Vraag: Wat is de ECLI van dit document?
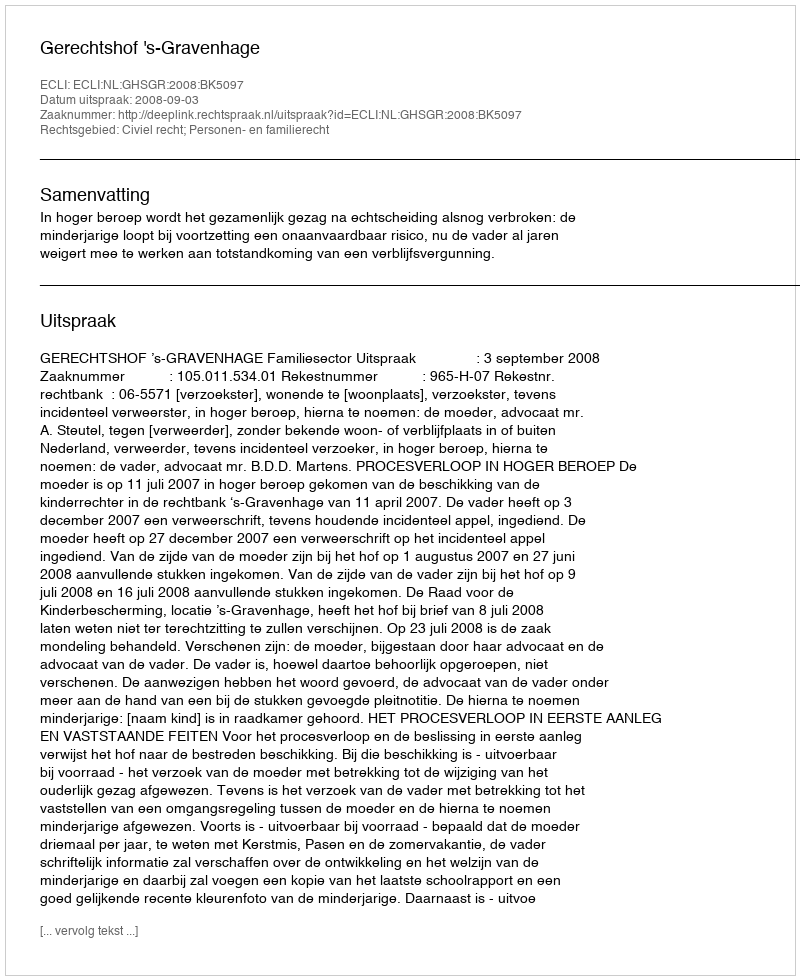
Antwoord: ECLI:NL:GHSGR:2008:BK5097